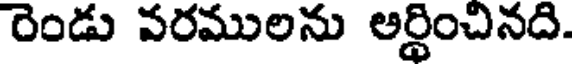
రెండు వరములను అర్థించినది.